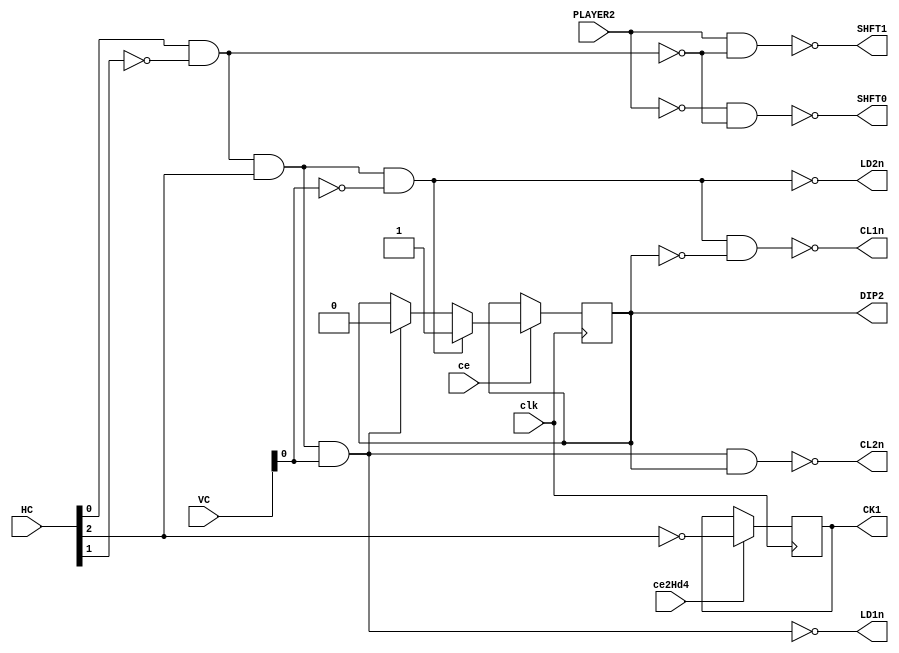
module PositionControl
(
   input clk, ce, ce2Hd4,
   input PLAYER2,
   input [8:0] HC,
   input [7:0] VC,
   
   output LD1n,LD2n,
   output CL1n,CL2n,
   output SHFT0,SHFT1,
   output reg CK1, DIP2
);

always @(posedge clk)         // ic9E
begin
   if (ce2Hd4) CK1 <= #1 ~HC[2];
end

wire ic9H = HC[0] & ~HC[1];
wire ic9J = ~(ic9H & HC[2]);
assign LD2n = ~(~ic9J & ~VC[0]);          // ic9F
assign LD1n = ~(~ic9J & VC[0]);           // ic9F

assign SHFT0 = ~(~PLAYER2 & ~ic9H);       // ic9F
assign SHFT1 = ~(PLAYER2 & ~ic9H);        // ic9F

always @(posedge clk)         // ic10J
begin
   if (ce) 
   begin
      if (~LD2n) DIP2 <= #1 1'b1;
      else if (~LD1n) DIP2 <= #1 1'b0;
   end 
end

assign CL1n = ~(~LD2n & ~DIP2);           // ic10H
assign CL2n = ~(~LD1n & DIP2);            // ic10H

endmodule